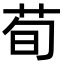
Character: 荀